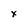
Character: x